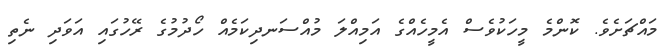
މައްޗަށެވެ. ކޮންމެ މީހަކުވެސް އެމީހެއްގެ އަމިއްލަ މުއްސަނދިކަމެއް ހޯދުމުގެ ރޭހުގައި އަވަދި ނެތި